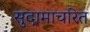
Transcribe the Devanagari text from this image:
सुदामाचरित